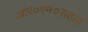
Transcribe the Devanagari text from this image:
आर०एन०सहाय